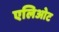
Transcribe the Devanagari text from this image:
एलिओट